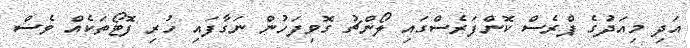
އަދި މިއަދުގެ ޕްރެސް ކޮންފަރެސްގައި ލޯންޗު ގޮވިފަހުން ނަގާފައި ހުރި ފޮޓޯތަކެއް ވެސް